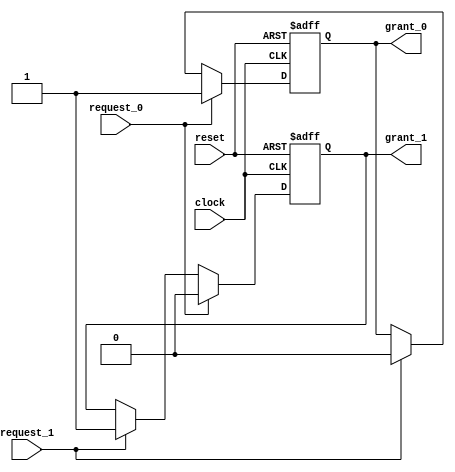
module arbiter (
  input clock, 
  input reset, 
  input request_0,
  input request_1, 
  output reg grant_0, 
  output reg grant_1
);

  always @ (posedge clock or posedge reset)
  if (reset) begin
  grant_0 <= 0;
  grant_1 <= 0;
  end else if (request_0) begin
    grant_0 <= 1;
    grant_1 <= 0;
  end else if (request_1) begin
    grant_0 <= 0;
    grant_1 <= 1;
  end

endmodule